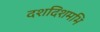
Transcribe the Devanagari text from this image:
दशदिशमभि